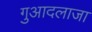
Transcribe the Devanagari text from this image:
गुआदलाजा